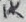
Text: 1K